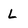
Character: L